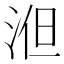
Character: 𣵤